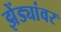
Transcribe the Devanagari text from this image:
झेंड्यांवर